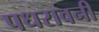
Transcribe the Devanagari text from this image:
पधरावनी